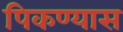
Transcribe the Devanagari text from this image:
पिकण्यास